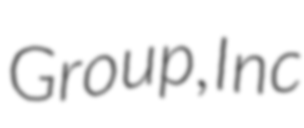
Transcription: Group, Inc